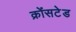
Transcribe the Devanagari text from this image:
क्रोंसटेड